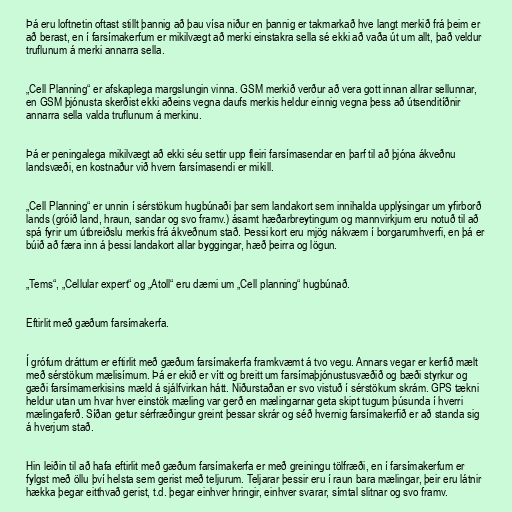
Þá eru loftnetin oftast stillt þannig að þau vísa niður en þannig er takmarkað hve langt merkið frá þeim er
að berast, en í farsímakerfum er mikilvægt að merki einstakra sella sé ekki að vaða út um allt, það veldur
truflunum á merki annarra sella.

„Cell Planning“ er afskaplega margslungin vinna. GSM merkið verður að vera gott innan allrar sellunnar,
en GSM þjónusta skerðist ekki aðeins vegna daufs merkis heldur einnig vegna þess að útsenditíðnir
annarra sella valda truflunum á merkinu.

Þá er peningalega mikilvægt að ekki séu settir upp fleiri farsímasendar en þarf til að þjóna ákveðnu
landsvæði, en kostnaður við hvern farsímasendi er mikill.

„Cell Planning“ er unnin í sérstökum hugbúnaði þar sem landakort sem innihalda upplýsingar um yfirborð
lands (gróið land, hraun, sandar og svo framv.) ásamt hæðarbreytingum og mannvirkjum eru notuð til að
spá fyrir um útbreiðslu merkis frá ákveðnum stað. Þessi kort eru mjög nákvæm í borgarumhverfi, en þá er
búið að færa inn á þessi landakort allar byggingar, hæð þeirra og lögun.

„Tems“, „Cellular expert“ og „Atoll“ eru dæmi um „Cell planning“ hugbúnað.

Eftirlit með gæðum farsímakerfa.

Í grófum dráttum er eftirlit með gæðum farsímakerfa framkvæmt á tvo vegu. Annars vegar er kerfið mælt
með sérstökum mælisímum. Þá er ekið er vítt og breitt um farsímaþjónustusvæðið og bæði styrkur og
gæði farsímamerkisins mæld á sjálfvirkan hátt. Niðurstaðan er svo vistuð í sérstökum skrám. GPS tækni
heldur utan um hvar hver einstök mæling var gerð en mælingarnar geta skipt tugum þúsunda í hverri
mælingaferð. Síðan getur sérfræðingur greint þessar skrár og séð hvernig farsímakerfið er að standa sig
á hverjum stað.

Hin leiðin til að hafa eftirlit með gæðum farsímakerfa er með greiningu tölfræði, en í farsímakerfum er
fylgst með öllu því helsta sem gerist með teljurum. Teljarar þessir eru í raun bara mælingar, þeir eru látnir
hækka þegar eitthvað gerist, t.d. þegar einhver hringir, einhver svarar, símtal slitnar og svo framv.